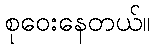
စုဝေးနေတယ်။